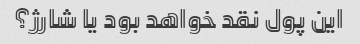
این پول نقد خواهد بود یا شارژ؟